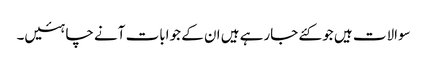
سوالات ہیں جو کئے جارہے ہیں ان کے جوابات آنے چاہئیں۔